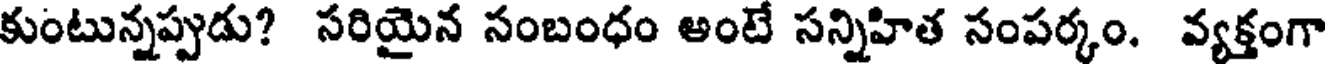
కుంటున్నప్పుడు? సరియైన సంబంధం అంటే సన్నిహిత సంపర్కం. వ్యక్తంగా